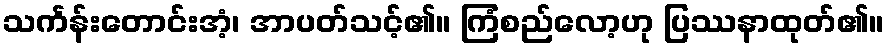
သင်္ကန်းတောင်းအံ့၊ အာပတ်သင့်၏။ ကြံစည်လော့ဟု ပြဿနာထုတ်၏။